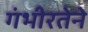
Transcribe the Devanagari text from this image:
गंभीरतेने